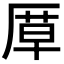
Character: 𭆍